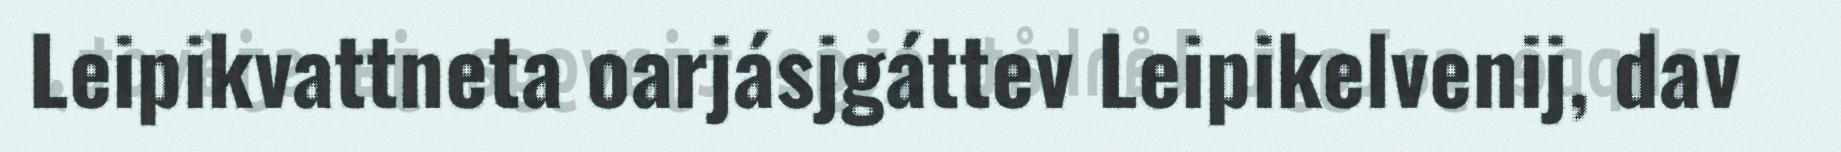
Leipikvattneta oarjásjgáttev Leipikelvenij, dav